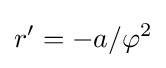
r'=-a/\varphi ^{2}